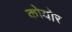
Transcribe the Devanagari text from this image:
कोयोर